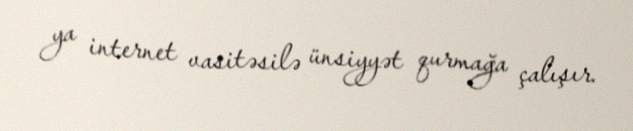
ya internet vasitəsilə ünsiyyət qurmağa çalışır.